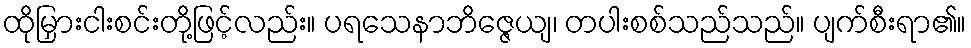
ထိုမြှားငါးစင်းတို့ဖြင့်လည်း။ ပရသေနာဘိဇ္ဇေယျ၊ တပါးစစ်သည်သည်။ ပျက်စီးရာ၏။